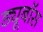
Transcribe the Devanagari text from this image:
ड्यूबॉस